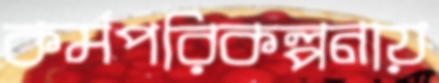
কর্মপরিকল্পনায়